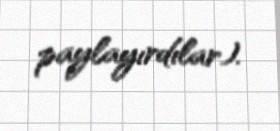
paylayırdılar).